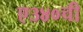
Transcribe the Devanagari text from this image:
ए३४०ची